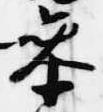
参